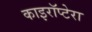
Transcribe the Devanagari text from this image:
काइरॉप्टेरा